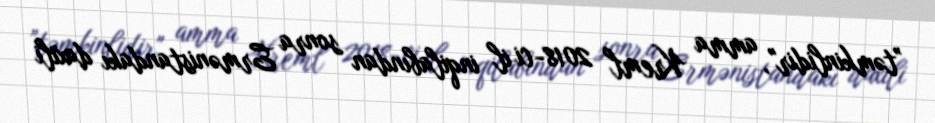
”təmkinlidir", amma Kreml 2018-ci il inqilabından sonra Ermənistandakı daxili